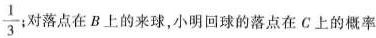
\frac{1}{3} ：对落点在B上的来球，小明回球的落点在C上的概率